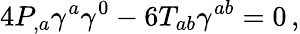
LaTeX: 4P_{,a}\gamma^{a}\gamma^{0}-6T_{ab}\gamma^{ab}=0\, ,